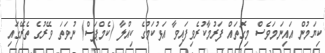
ކިޔަމުން އައިނަމަވެސް މިގޮތައް ފަރުމާކުރެވިފައިވާ އަޅުކަމުގެ ކިއްލާ (ކެމްޕަސް) ނުވަތަ ވޭރުގެ ތެރޭގައި